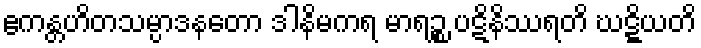
ဧကန္တဟိတသမ္ပာဒနတော ဒါနိမကရ မာရဉ္စ ပဋိနိဿရတိ ဃဋ္ဋိယတိ